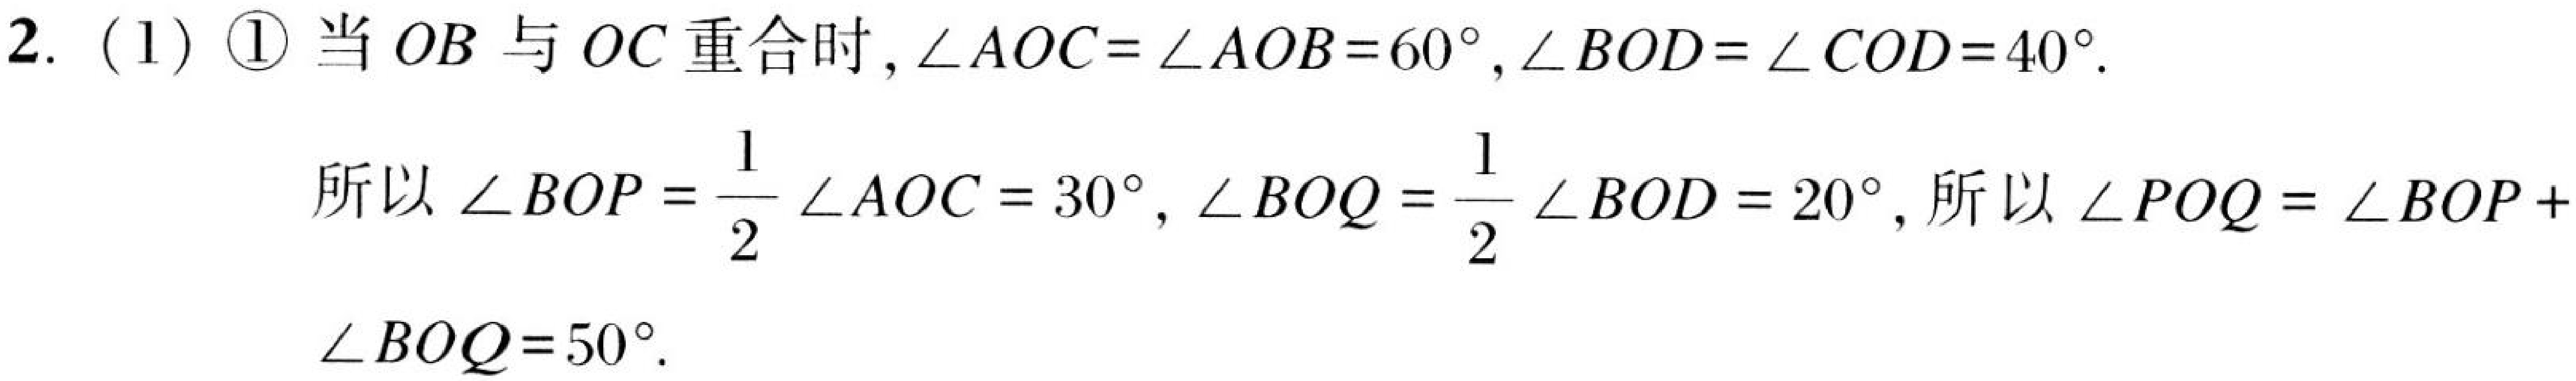
2. (1) \textcircled{1} 当 \(OB\) 与 \(OC\) 重合时, \(\angle AOC = \angle AOB = 60^{\circ}, \angle BOD=\angle COD = 40^{\circ}\).

所以 \(\angle BOP=\frac{1}{2}\angle AOC = 30^{\circ}, \angle BOQ=\frac{1}{2}\angle BOD = 20^{\circ}\), 所以 \(\angle POQ=\angle BOP +\)

\(\angle BOQ = 50^{\circ}\).